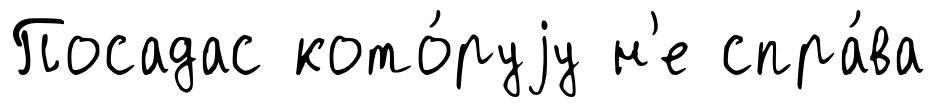
Посадас кото́руjу н'е спра́ва